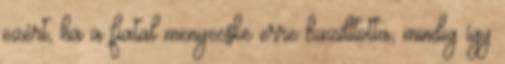
ezért, ha a fiatal menyecske erre buzdította, mindig így